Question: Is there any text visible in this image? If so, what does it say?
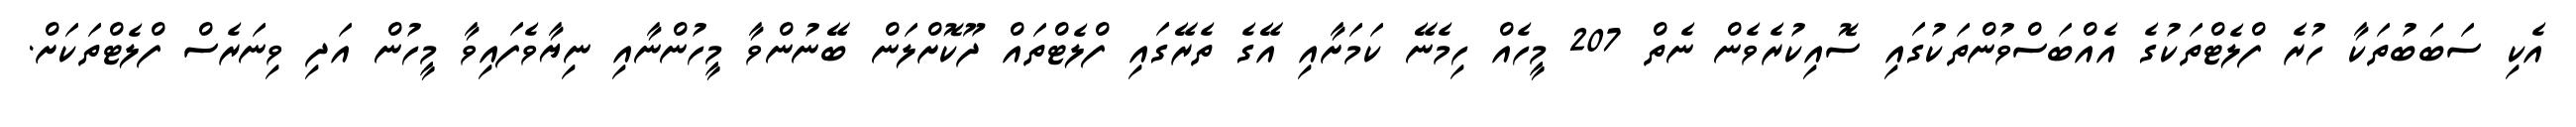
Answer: އެކި ސަބަބުތަކާ ހުރެ ފްލެޓްތަކުގެ އެއްބަސްވުންތަކުގައި ސޮއިކުރެވެން ނެތް 207 މީހެއް ހިމެނޭ ކަމަށާއި އޭގެ ތެރޭގައި ފްލެޓްތައް ދޫކޮށްލަން ބޭނުންވާ މީހުންނާއި ނިޔާވެފައިވާ މީހުން އަދި ވިނަރެސް ފްލެޓްތަކަށް.